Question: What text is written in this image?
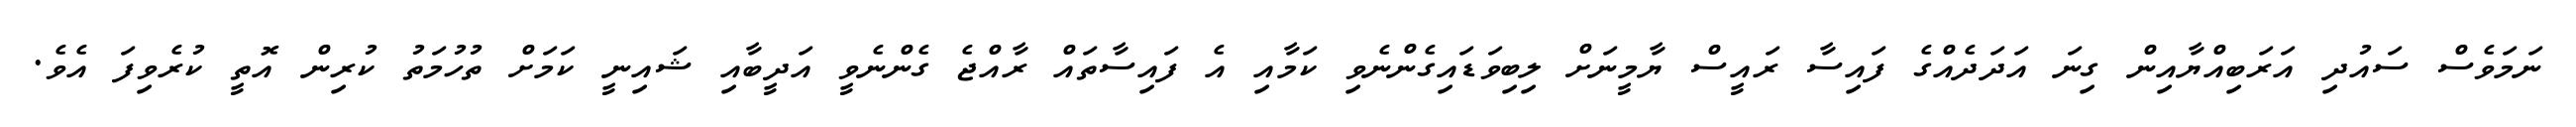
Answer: ނަމަވެސް ސައުދި އަރަބިއްޔާއިން ގިނަ އަދަދެއްގެ ފައިސާ ރައީސް ޔާމީނަށް ލިބިވަޑައިގެންނެވި ކަމާއި އެ ފައިސާތައް ރާއްޖެ ގެންނެވީ އަދީބާއި ޝައިނީ ކަމަށް ތުހުމަތު ކުރިން އޮތީ ކުރެވިފަ އެވެ.